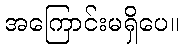
အကြောင်းမရှိပေ။